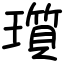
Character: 瓆